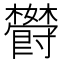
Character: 𬅏